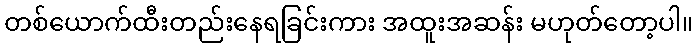
တစ်ယောက်ထီးတည်းနေရခြင်းကား အထူးအဆန်း မဟုတ်တော့ပါ။